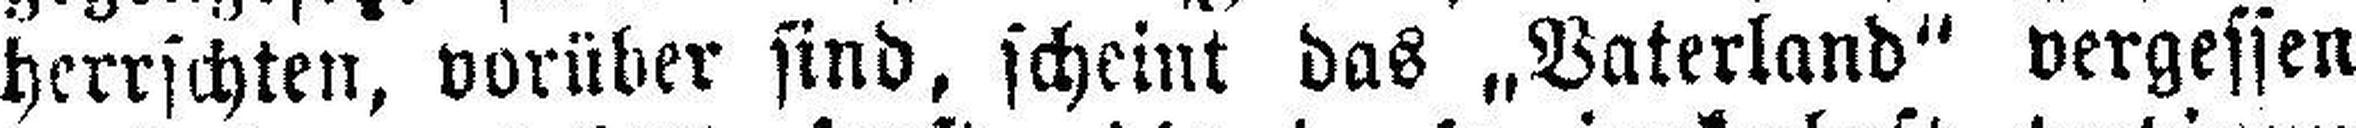
herrschten, vorüber sind, scheint das „Vaterland“ vergessen